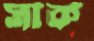
সার্ক